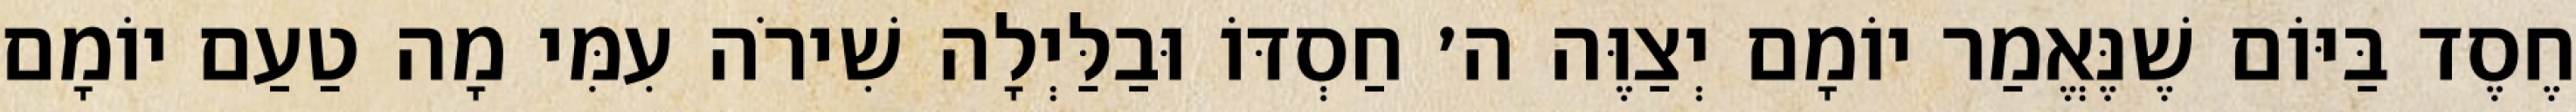
חֶסֶד בַּיּוֹם שֶׁנֶּאֱמַר יוֹמָם יְצַוֶּה ה׳ חַסְדּוֹ וּבַלַּיְלָה שִׁירֹה עִמִּי מָה טַעַם יוֹמָם